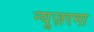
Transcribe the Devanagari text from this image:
न्यूज़रमा